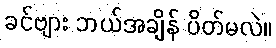
ခင်ဗျား ဘယ်အချိန် ပိတ်မလဲ။